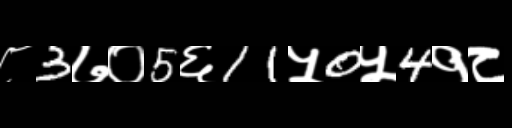
Text: ८3७०5६11५0५4१८